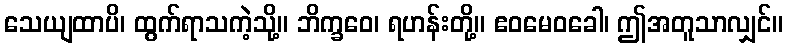
သေယျထာပိ၊ ထွက်ရာသကဲ့သို့။ ဘိက္ခဝေ၊ ရဟန်းတို့။ ဧဝမေဝခေါ၊ ဤအတူသာလျှင်။